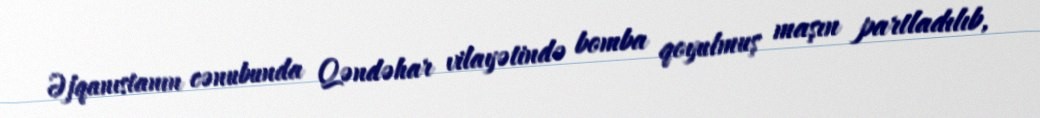
Əfqanıstanın cənubunda Qəndəhar vilayətində bomba qoyulmuş maşın partladılıb,